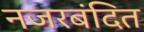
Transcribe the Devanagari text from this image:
नजरबंदित